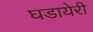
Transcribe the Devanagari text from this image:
घडायेरी